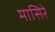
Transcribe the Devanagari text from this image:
मासिरे